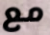
مع